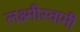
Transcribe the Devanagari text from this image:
लक्ष्मीस्वामी